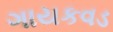
ગાયકવડ